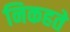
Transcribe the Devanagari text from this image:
निकहते